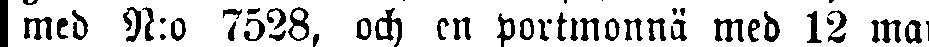
med N:o 7528, och en portmonnä med 12 mark